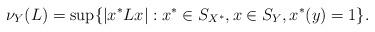
LaTeX: \begin{align*}\nu_Y(L) = \sup \{ |x^*Lx| : x^* \in S_{X^*}, x \in S_Y, x^*(y)=1\}.\end{align*}